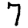
Digit: 7